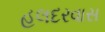
હલદરવાસ